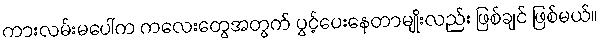
ကားလမ်းမပေါ်က ကလေးတွေအတွက် ပွင့်ပေးနေတာမျိုးလည်း ဖြစ်ချင် ဖြစ်မယ်။